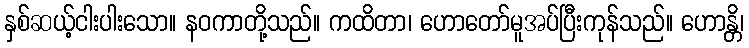
နှစ်ဆယ့်ငါးပါးသော။ နဝကာတို့သည်။ ကထိတာ၊ ဟောတော်မူအပ်ပြီးကုန်သည်။ ဟောန္တိ၊